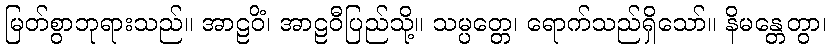
မြတ်စွာဘုရားသည်။ အာဠဝိံ၊ အာဠဝီပြည်သို့။ သမ္ပတ္တေ၊ ရောက်သည်ရှိသော်။ နိမန္တေတွာ၊